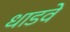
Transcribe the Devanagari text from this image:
धाडवे